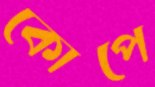
কোপে